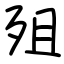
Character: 殂